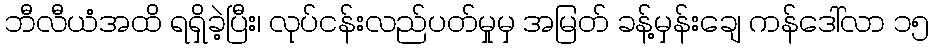
ဘီလီယံအထိ ရရှိခဲ့ပြီး၊ လုပ်ငန်းလည်ပတ်မှုမှ အမြတ် ခန့်မှန်းချေ ကန်ဒေါ်လာ ၁၅